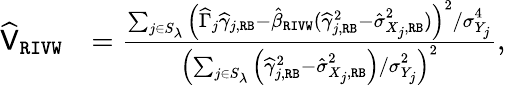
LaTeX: \begin{array}{rl}{\widehat{\mathsf{V}}_{\mathtt{RIVW}}}&{=\frac{\sum_{j\in S_{\lambda}}\left(\widehat\Gamma_{j}\widehat\gamma_{j,\mathtt{RB}}-\hat{\beta}_{\mathtt{RIVW}}(\widehat\gamma_{j,\mathtt{RB}}^{\mathrm{2}}-\hat{\sigma}_{X_{j},\mathtt{RB}}^{\mathrm{2}})\right)^{2}/\sigma_{Y_{j}}^{4}}{\left(\sum_{j\in S_{\lambda}}\Big(\widehat\gamma_{j,\mathtt{RB}}^{\mathrm{2}}-\hat{\sigma}_{X_{j},\mathtt{RB}}^{\mathrm{2}}\Big)/\sigma_{Y_{j}}^{2}\right)^{2}},}\end{array}